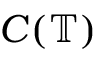
C ( \mathbb { T } )